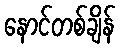
နောင်တစ်ချိန်